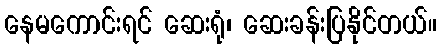
နေမကောင်းရင် ဆေးရုံ၊ ဆေးခန်းပြနိုင်တယ်။